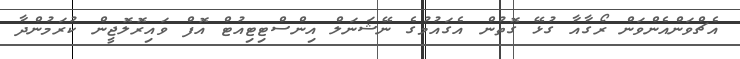
އެޗްވަންއެންވަން ރޯގާއާ ގުޅޭ ގޮތުން އެގައުމުގެ ނޭޝަނަލް އިންސްޓިޓިއުޓް އޮފް ވައިރޮލޮޖީން ކުރަމުންދާ